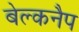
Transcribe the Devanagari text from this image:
बेल्कनैप